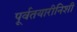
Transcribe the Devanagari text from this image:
पूर्वतयारीनिशी